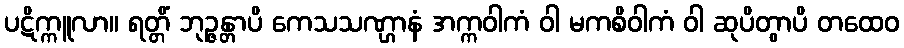
ပဋိက္ကူလာ။ ရတ္တိံ ဘုဉ္ဇန္တာပိ ကေသသဏ္ဌာနံ အက္ကဝါကံ ဝါ မကစိဝါကံ ဝါ ဆုပိတွာပိ တထေဝ